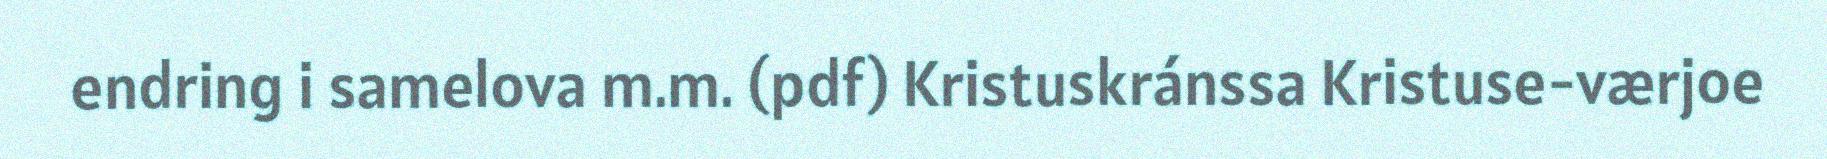
endring i samelova m.m. (pdf) Kristuskránssa Kristuse-værjoe